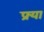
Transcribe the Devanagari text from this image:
फ्र्या